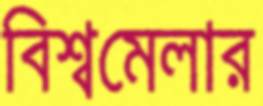
বিশ্বমেলার